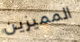
المميزين